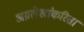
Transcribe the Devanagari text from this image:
अग्रलेखांकरिता